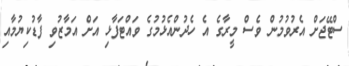
ސްޓޭޖަށް އެރުވުމުން ވެސް މީރާގެ އެ ހެދުންއެޅުމުގެ ވައްޓަފާޅި އަށް އަމާޒުވި ފާޑުކިޔުމާއި